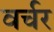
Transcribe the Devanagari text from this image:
वर्चर